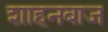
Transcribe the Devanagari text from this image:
शाहनबाज